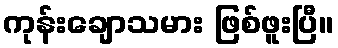
ကုန်းချောသမား ဖြစ်ဖူးပြီ။